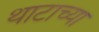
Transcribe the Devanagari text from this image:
थाटाच्या